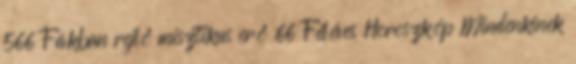
566 Fákban rejlő misztikus erő 66 Féléves Horoszkóp Mindenkinek